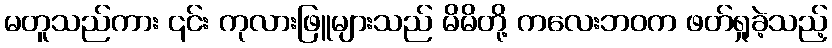
မတူသည်ကား ၎င်း ကုလားဖြူများသည် မိမိတို့ ကလေးဘဝက ဖတ်ရှုခဲ့သည့်